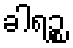
ခါရဉ္စ